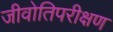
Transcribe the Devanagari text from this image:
जीवोतिपरीक्षण